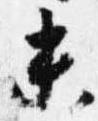
末